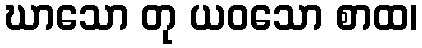
ဃာသော တု ယဝသော စာထ၊